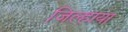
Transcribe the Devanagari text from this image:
जिल्हाया